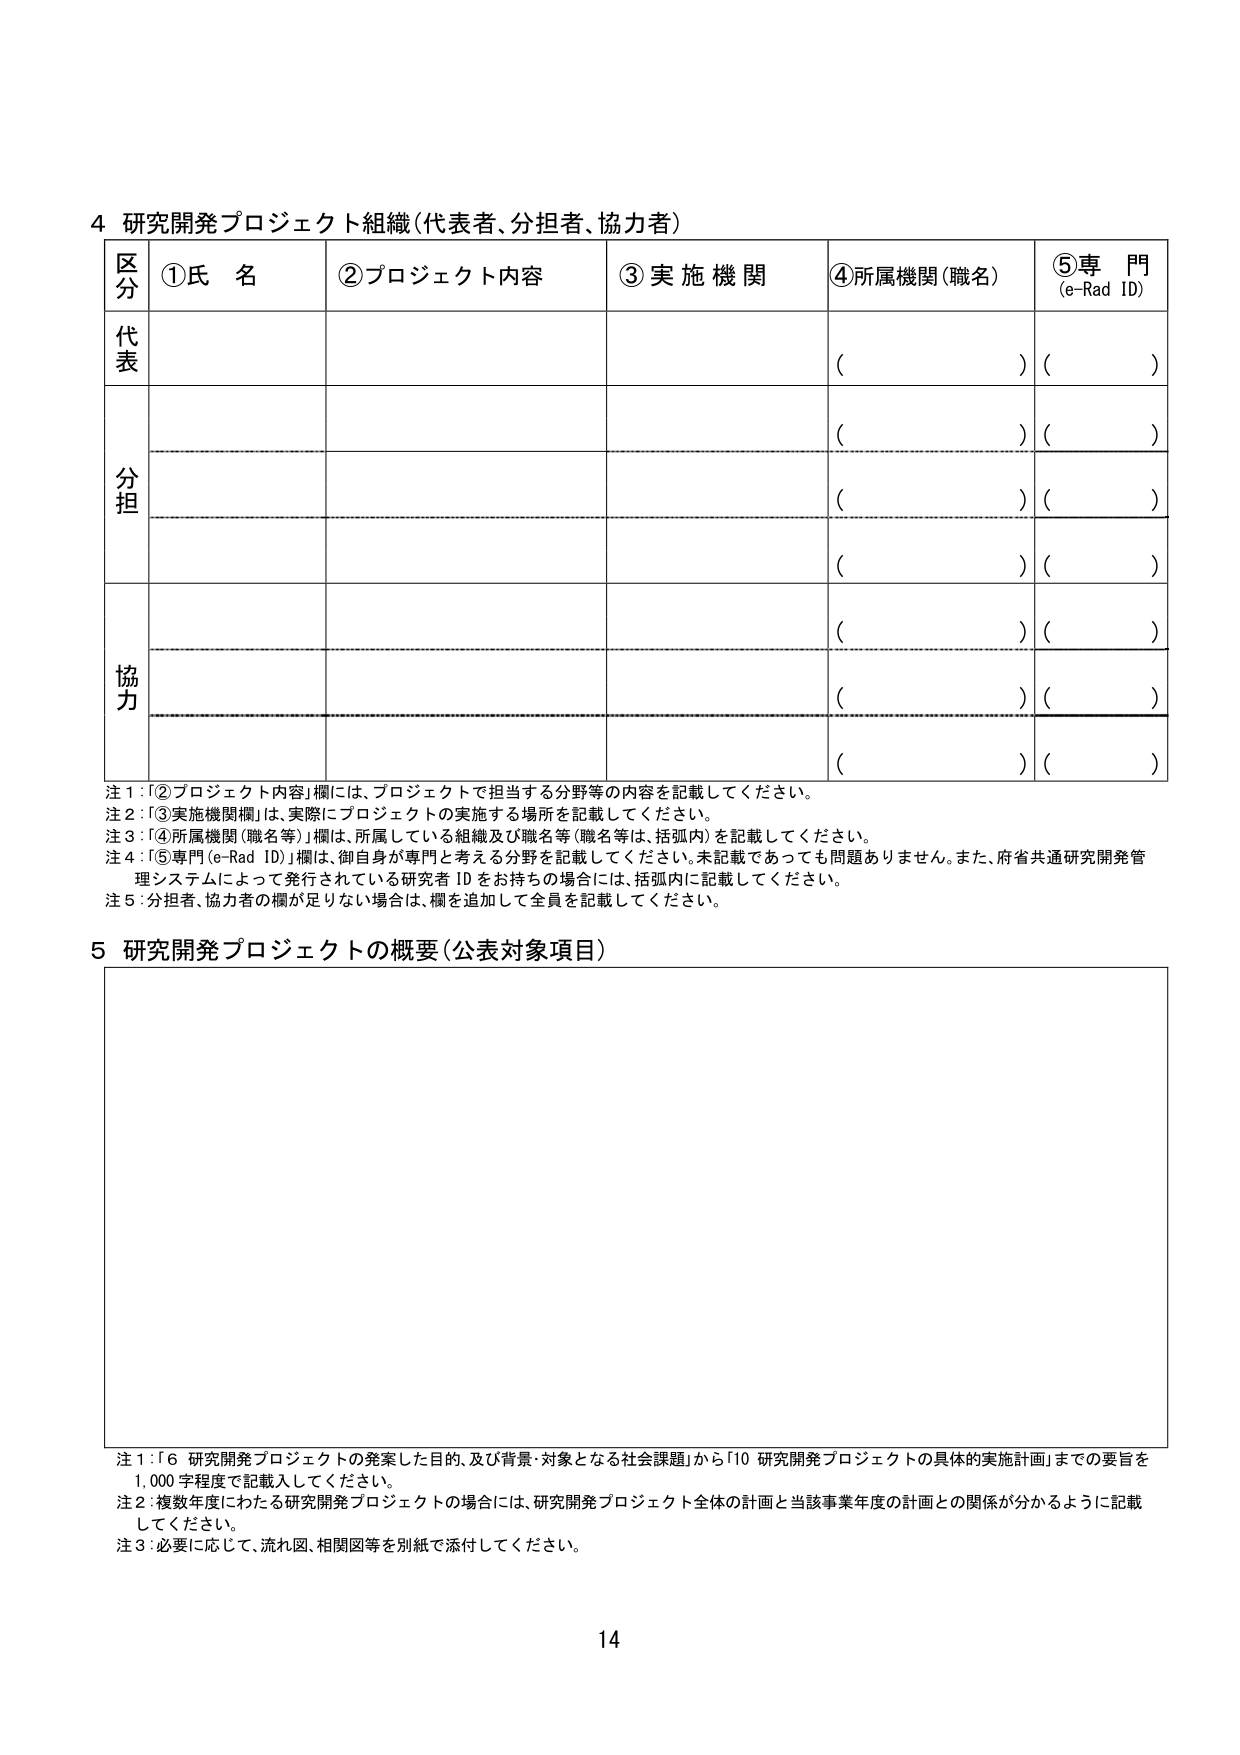
4 研究開発プロジェクト組織（代表者、分担者、協力者）

区分 ①氏名 ②プロジェクト内容 ③実施機関 ④所属機関（職名） ⑤専門（e-Rad ID）

代表

（ ）（ ）

分担

（ ）（ ）

（ ）（ ）

（ ）（ ）

協力

（ ）（ ）

（ ）（ ）

（ ）（ ）

注1：「②プロジェクト内容」欄には、プロジェクトで担当する分野等の内容を記載してください。

注2：「③実施機関欄」は、実際にプロジェクトの実施する場所を記載してください。

注3：「④所属機関（職名等）」欄は、所属している組織及び職名等（職名等は、括弧内）を記載してください。

注4：「⑤専門（e-Rad ID）」欄は、御自身が専門と考える分野を記載してください。未記載であっても問題ありません。また、府省共通研究開発管理システムによって発行されている研究者IDをお持ちの場合には、括弧内に記載してください。

注5：分担者、協力者の欄が足りない場合は、欄を追加して全員を記載してください。

5 研究開発プロジェクトの概要（公表対象項目）

注1：「6 研究開発プロジェクトの発案した目的、及び背景・対象となる社会課題」から「10 研究開発プロジェクトの具体的実施計画」までの要旨を1,000字程度で記載入してください。

注2：複数年度にわたる研究開発プロジェクトの場合には、研究開発プロジェクト全体の計画と当該事業年度の計画との関係が分かるように記載してください。

注3：必要に応じて、流れ図、関連図等を別紙で添付してください。

14